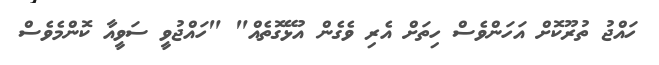
ހައްޖު ތުރޫކޮށް އަހަންވެސް ހިތަށް އެރި ވެގެން އުޅޭގޮތެއް" "ހައްޖުވީ ސަވީއާ ކޮންމެވެސް